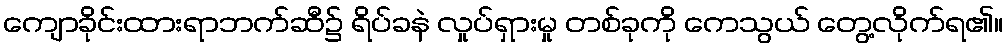
ကျောခိုင်းထားရာဘက်ဆီ၌ ရိပ်ခနဲ လှုပ်ရှားမှု တစ်ခုကို ကေသွယ် တွေ့လိုက်ရ၏။